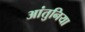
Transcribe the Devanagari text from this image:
आंतुनिया